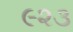
૯૨૩